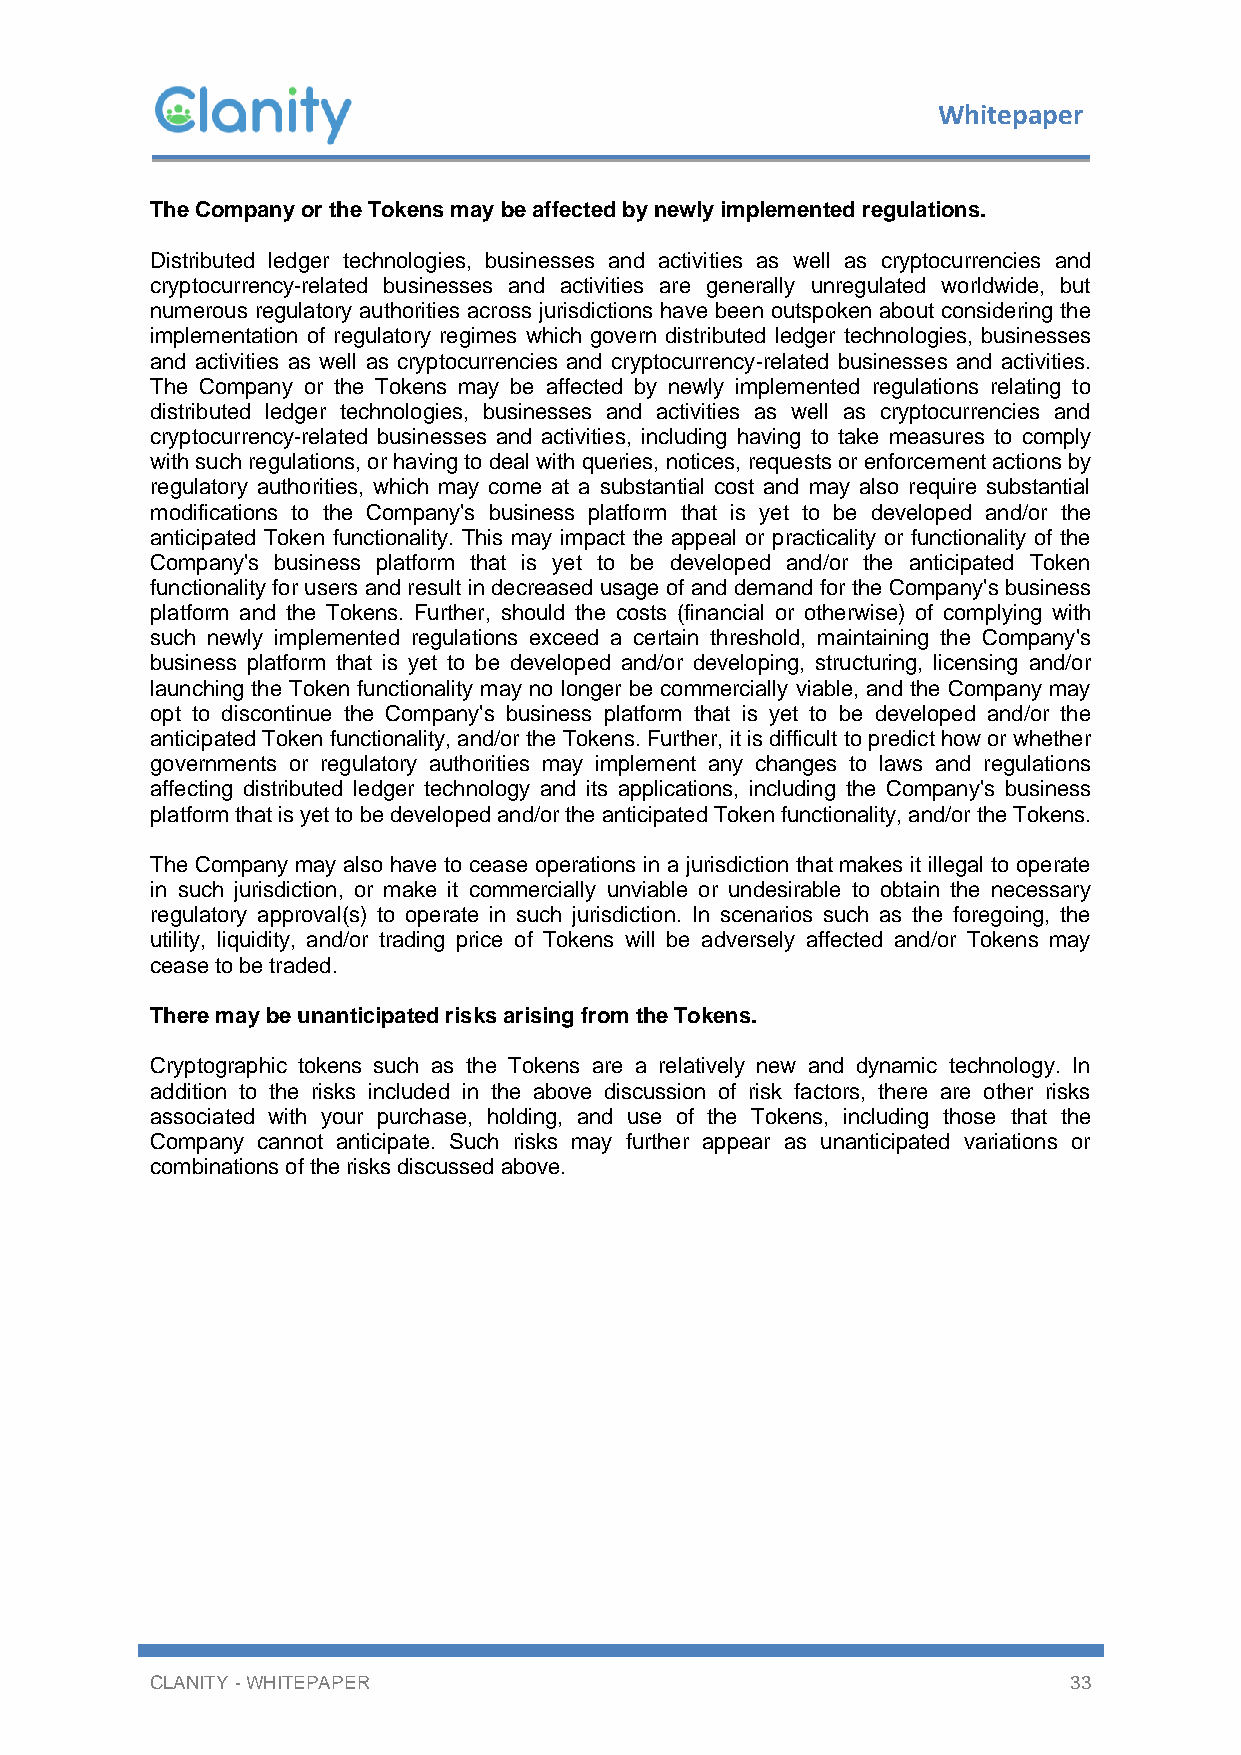
Whitepaper
 The Company or the Tokens may be affected by newly implemented regulations.
 Distributed ledger technologies, businesses and activities as well as cryptocurrencies and
 cryptocurrency-related businesses and activities are generally unregulated worldwide, but
 numerous regulatory authorities across jurisdictions have been outspoken about considering the
 implementation of regulatory regimes which govern distributed ledger technologies, businesses
 and activities as well as cryptocurrencies and cryptocurrency-related businesses and activities.
 The Company or the Tokens may be affected by newly implemented regulations relating to
 distributed ledger technologies, businesses and activities as well as cryptocurrencies and
 cryptocurrency-related businesses and activities, including having to take measures to comply
 with such regulations, or having to deal with queries, notices, requests or enforcement actions by
 regulatory authorities, which may come at a substantial cost and may also require substantial
 modifications to the Company's business platform that is yet to be developed and/or the
 anticipated Token functionality. This may impact the appeal or practicality or functionality of the
 Company's business platform that is yet to be developed and/or the anticipated Token
 functionality for users and result in decreased usage of and demand for the Company's business
 platform and the Tokens. Further, should the costs (financial or otherwise) of complying with
 such newly implemented regulations exceed a certain threshold, maintaining the Company's
 business platform that is yet to be developed and/or developing, structuring, licensing and/or
 launching the Token functionality may no longer be commercially viable, and the Company may
 opt to discontinue the Company's business platform that is yet to be developed and/or the
 anticipated Token functionality, and/or the Tokens. Further, it is difficult to predict how or whether
 governments or regulatory authorities may implement any changes to laws and regulations
 affecting distributed ledger technology and its applications, including the Company's business
 platform that is yet to be developed and/or the anticipated Token functionality, and/or the Tokens.
 The Company may also have to cease operations in a jurisdiction that makes it illegal to operate
 in such jurisdiction, or make it commercially unviable or undesirable to obtain the necessary
 regulatory approval(s) to operate in such jurisdiction. In scenarios such as the foregoing, the
 utility, liquidity, and/or trading price of Tokens will be adversely affected and/or Tokens may
 cease to be traded.
 There may be unanticipated risks arising from the Tokens.
 Cryptographic tokens such as the Tokens are a relatively new and dynamic technology. In
 addition to the risks included in the above discussion of risk factors, there are other risks
 associated with your purchase, holding, and use of the Tokens, including those that the
 Company cannot anticipate. Such risks may further appear as unanticipated variations or
 combinations of the risks discussed above.
 CLANITY - WHITEPAPER                                         33